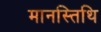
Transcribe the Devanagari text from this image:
मानस्तिथि